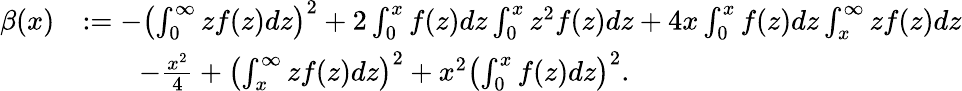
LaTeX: \begin{array}{rl}{\beta(x)}&{:=-\left(\int_{0}^{\infty}zf(z)dz\right)^{2}+2\int_{0}^{x}f(z)dz\int_{0}^{x}z^{2}f(z)dz+4x\int_{0}^{x}f(z)dz\int_{x}^{\infty}zf(z)dz}\\ &{\qquad-\frac{x^{2}}{4}+\left(\int_{x}^{\infty}zf(z)dz\right)^{2}+x^{2}\left(\int_{0}^{x}f(z)dz\right)^{2}.}\end{array}